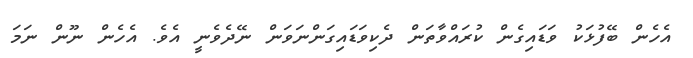
އެހެން ބޭފުޅަކު ވަޑައިގެން ކުރައްވާތަން ދެކިވަޑައިގަންނަވަން ނޭދެވެނީ އެވެ. އެހެން ނޫން ނަމަ